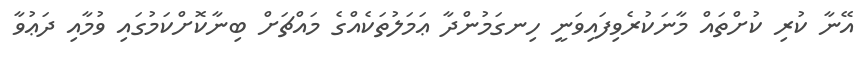
އޭނާ ކުރި ކުށްތައް މާނަކުރެވިފައިވަނީ ހިނގަމުންދާ ޢަމަލުތަކެއްގެ މައްޗަށް ބިނާކޮށްކަމުގައި ވުމާއި ދަޢުވާ